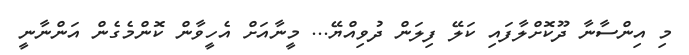
މި އިންސާނާ ދޫކޮށްލާފައި ކަލޭ ފިލަން ދުވިއްޔޭ... މީނާއަށް އެހީވާން ކޮންމެގެން އަންނާނީ